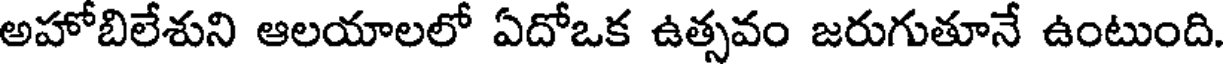
అహోబిలేశుని ఆలయాలలో ఏదోఒక ఉత్సవం జరుగుతూనే ఉంటుంది.